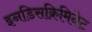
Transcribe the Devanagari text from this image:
इनडिसक्रिमिनेट